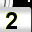
Digit: 2